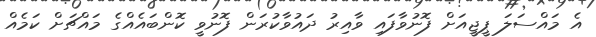
އެ މައްސަލަ ޕީޖީއަށް ފޮނުވާފައި ވާއިރު ދައުވާކުރަން ފޮނުވީ ކޮންބައެއްގެ މައްޗަށް ކަމެއް